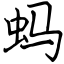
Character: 蚂